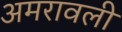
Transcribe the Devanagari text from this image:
अमरावली